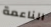
الناعمة